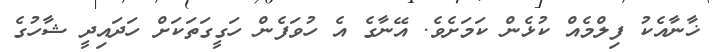
ޚާނާއެކު ފިލްމެއް ކުޅެން ކަމަށެވެ. އޭނާގެ އެ ހުވަފެން ހަގީގަތަކަށް ހަދައިދީ ޝާހުގެ